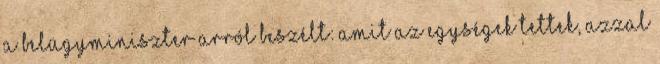
a belügyminiszter arról beszélt: amit az egységek tettek, azzal